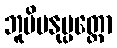
ဘူမိမနုပ္ပတ္တော